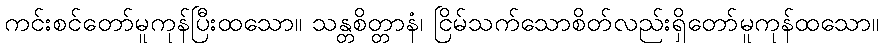
ကင်းစင်တော်မူကုန်ပြီးထသော။ သန္တစိတ္တာနံ၊ ငြိမ်သက်သောစိတ်လည်းရှိတော်မူကုန်ထသော။